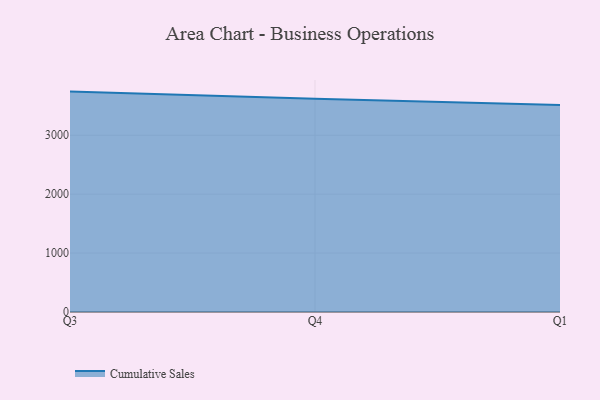
{"axis": {"x": "Quarter", "y": "Operating Costs (USD K)"}, "legend": ["Cumulative Sales"], "data": [{"x": "Q3", "y": 3740.8, "type": "Cumulative Sales"}, {"x": "Q4", "y": 3620.3, "type": "Cumulative Sales"}, {"x": "Q1", "y": 3514.4, "type": "Cumulative Sales"}]}